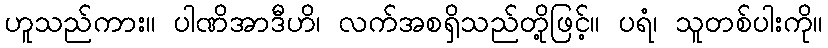
ဟူသည်ကား။ ပါဏိအာဒီဟိ၊ လက်အစရှိသည်တို့ဖြင့်။ ပရံ၊ သူတစ်ပါးကို။